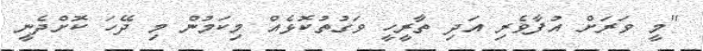
"މީ ވަރަށް އުފާވެރި އަދި ތާރީހީ ވަގުތުކޮޅެއް މިކަމުން މި ދޭހަ ކޮށްދެނީ